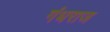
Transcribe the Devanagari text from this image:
गंधराज